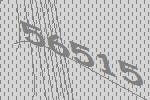
56515